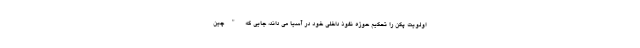
اولویت پکن را تحکیم حوزه نفوذ داخلی خود در آسیا می داند، جایی که "چین